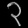
Digit: ၃